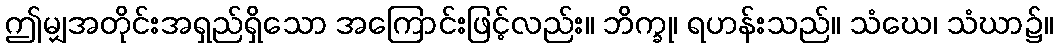
ဤမျှအတိုင်းအရှည်ရှိသော အကြောင်းဖြင့်လည်း။ ဘိက္ခု၊ ရဟန်းသည်။ သံဃေ၊ သံဃာ၌။